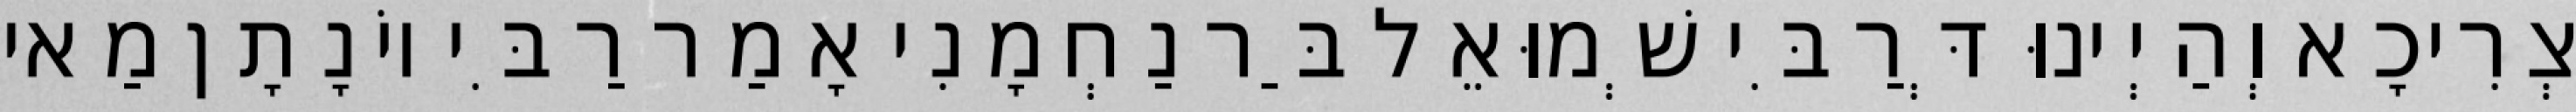
צְרִיכָא וְהַיְינוּ דְּרַבִּי שְׁמוּאֵל בַּר נַחְמָנִי אָמַר רַבִּי יוֹנָתָן מַאי